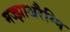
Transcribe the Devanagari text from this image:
मज्झाअरैम्मि